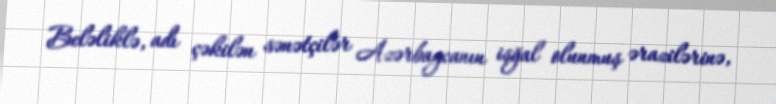
Beləliklə, adı çəkilən sənətçilər Azərbaycanın işğal olunmuş ərazilərinə,